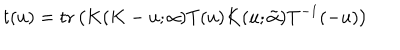
LaTeX: t ( u ) = \mathrm { t r } \left( K ( K - u ; { \bf \alpha } ) T ( u ) K ( u ; \tilde { \bf \alpha } ) T ^ { - 1 } ( - u ) \right)